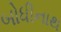
બોધીનાથ